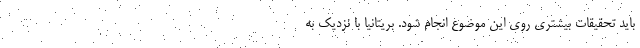
باید تحقیقات بیشتری روی این موضوع انجام شود. بریتانیا با نزدیک به